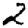
Digit: 2